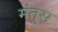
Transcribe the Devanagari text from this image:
मंतुस